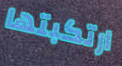
ارتكبتها